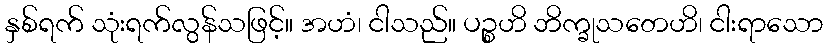
နှစ်ရက် သုံးရက်လွန်သဖြင့်။ အဟံ၊ ငါသည်။ ပဉ္စဟိ ဘိက္ခုသတေဟိ၊ ငါးရာသော